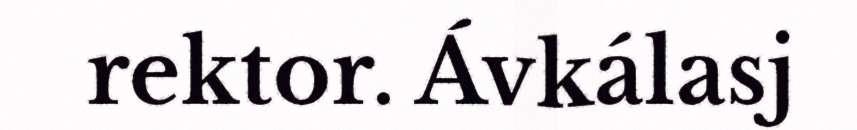
rektor. Ávkálasj